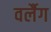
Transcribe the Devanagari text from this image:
वर्लैग